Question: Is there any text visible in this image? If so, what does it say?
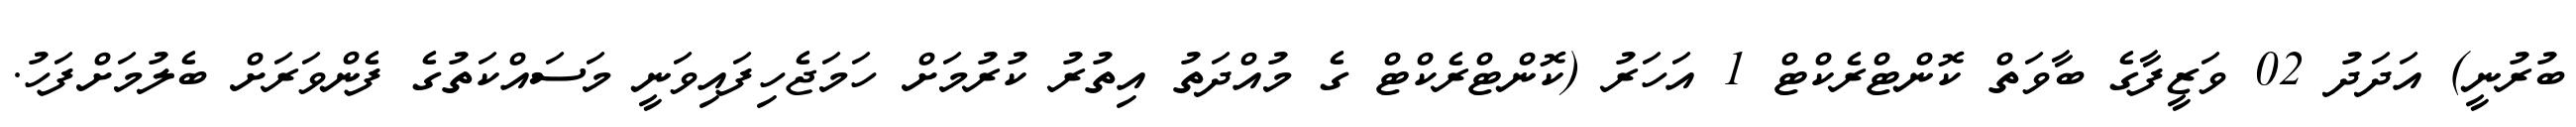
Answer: ބުރުނީ) އަދަދު 02 ވަޒީފާގެ ބާވަތް ކޮންޓްރެކްޓް 1 އަހަރު (ކޮންޓްރެކްޓް ގެ މުއްދަތު އިތުރު ކުރުމަށް ހަމަޖެހިފައިވަނީ މަސައްކަތުގެ ފެންވަރަށް ބެލުމަށްފަހު.